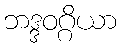
ဘဒ္ဒဝဂ္ဂိယာ